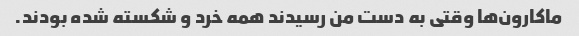
ماکارون‌ها وقتی به دست من رسیدند همه خرد و شکسته شده بودند.